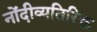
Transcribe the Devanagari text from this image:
नोंदीव्यतिरिक्त